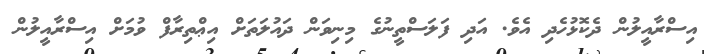
އިސްރާއީލުން ދެކޮޅުހެދި އެވެ. އަދި ފަލަސްތީނުގެ މިނިވަން ދައުލަތަށް އިޢްތިރާފް ވުމަށް އިސްރާއީލުން